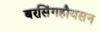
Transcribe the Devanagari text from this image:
बरसिंगहौयसन